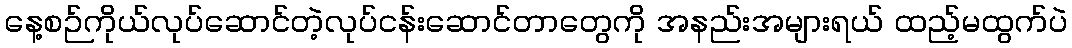
နေ့စဉ်ကိုယ်လုပ်ဆောင်တဲ့လုပ်ငန်းဆောင်တာတွေကို အနည်းအများရယ် ထည့်မထွက်ပဲ